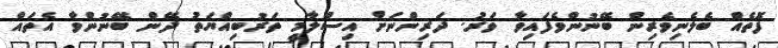
ފޮތެއް ބެލެނިވެރިން ބޭނުންވެފައިވާ ވަރު. ދަރިންނަށް އިސްލާމީ ތަރުބިއްޔަތު ދޭން ބޭނުންވާ އެތައް